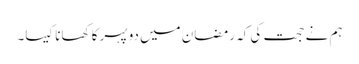
ہم نے حجت کی کہ رمضان میں دوپہر کا کھانا کیسا۔